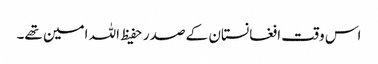
اس وقت افغانستان کے صدر حفیظ اللہ امین تھے۔